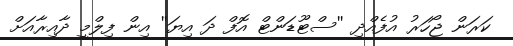
ކަރަން ޖޯހަރު އުފެއްދި ''ސްޓޫޑަންޓް އޮފް ދަ އިޔަ'' އިން ފިލްމީ ދާއިރާއަށް